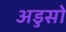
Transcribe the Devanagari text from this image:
अडुसो